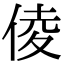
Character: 倰